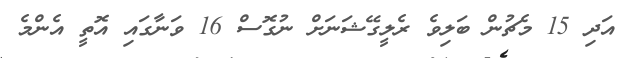
އަދި 15 މެޗުން ބަލިވެ ރެލީގޭޝަނަށް ނުގޮސް 16 ވަނާގައި އޮތީ އެންމެ